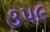
૩૫૯